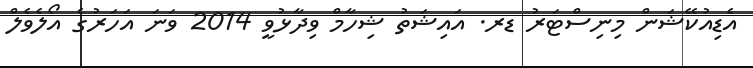
އެޑިއުކޭޝަން މިނިސްޓަރު ޑރ. އައިޝަތު ޝިހާމް ވިދާޅުވީ 2014 ވަނަ އަހަރުގެ އޯލެވެލް